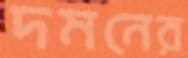
দমনের